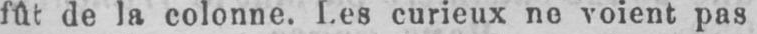
fût de la colonne. Les curieux ne voient pas